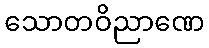
သောတဝိညာဏေ